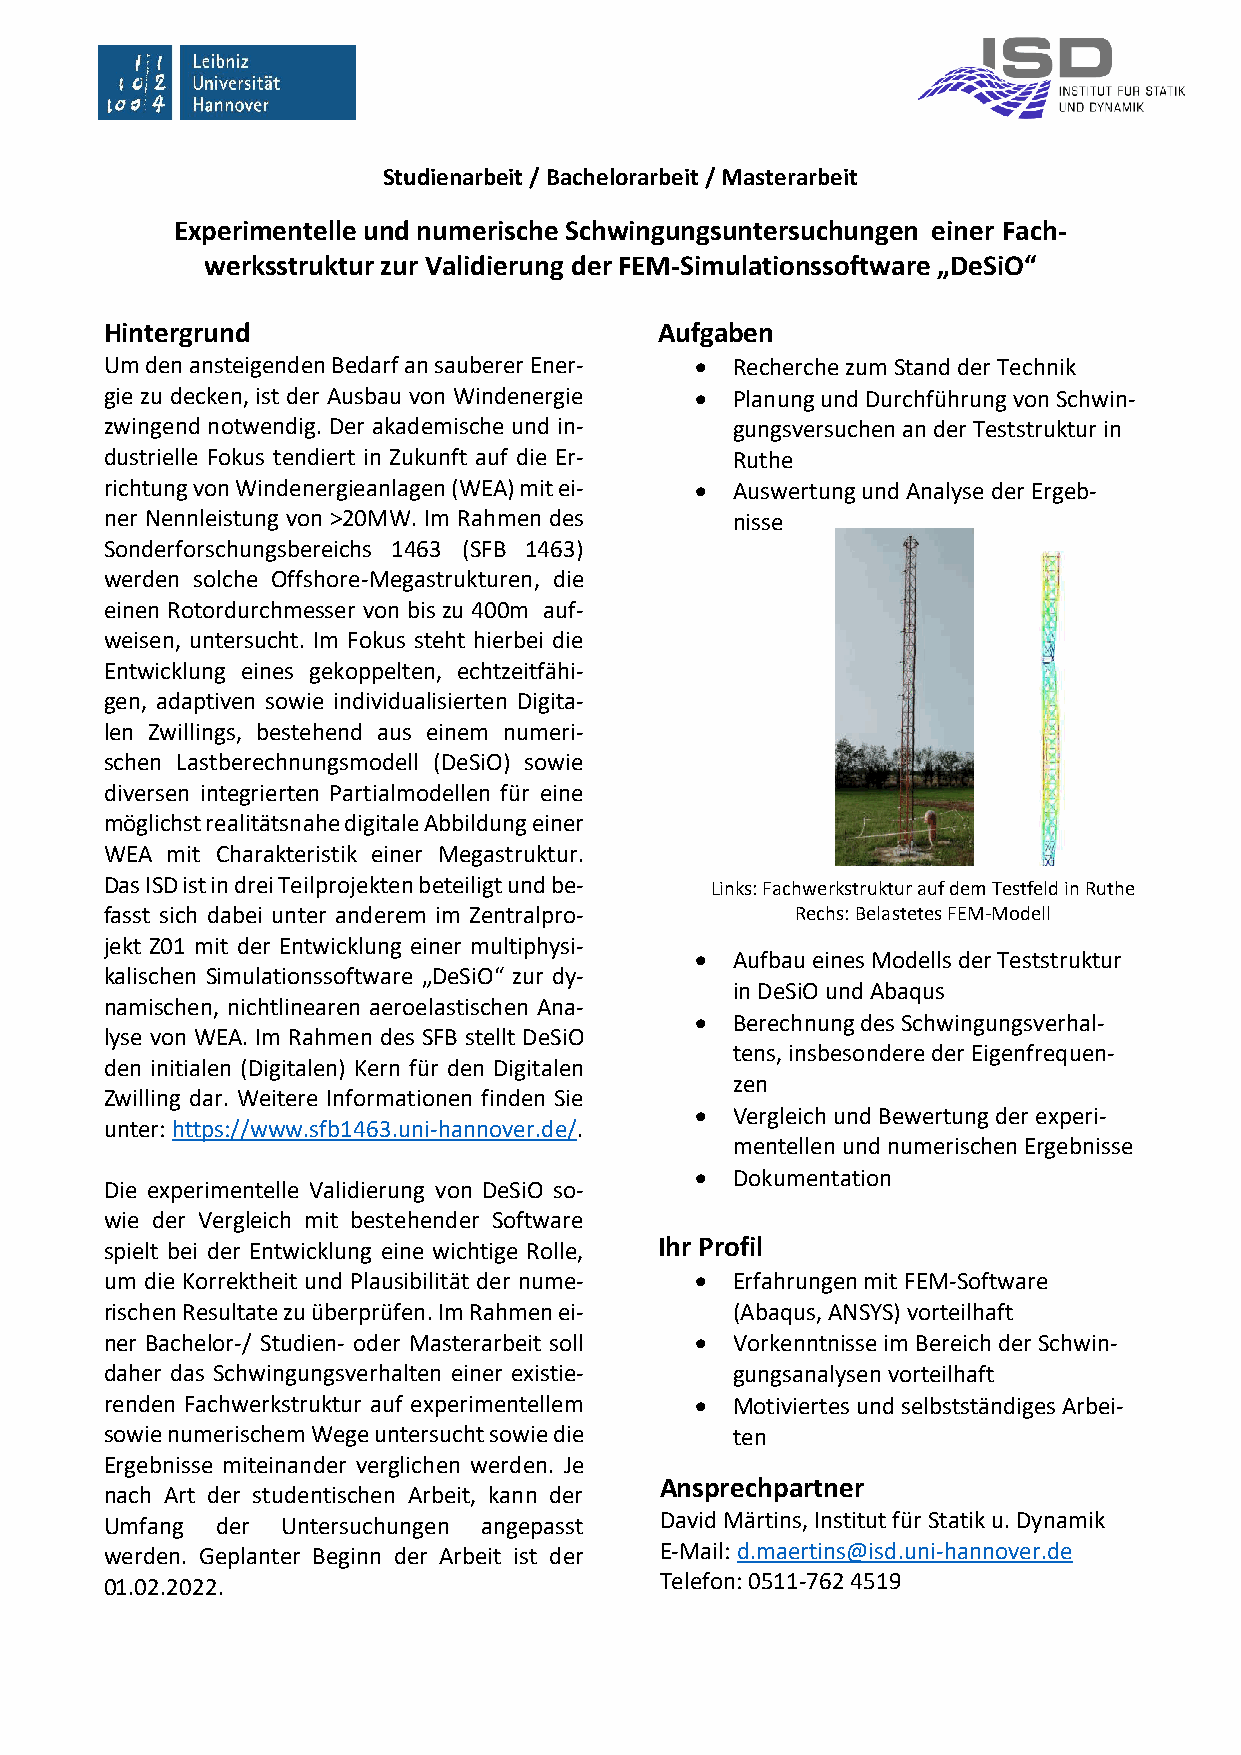
Studienarbeit / Bachelorarbeit / Masterarbeit
 Experimentelle und numerische Schwingungsuntersuchungen einer Fach-
 werksstruktur zur Validierung der FEM-Simulationssoftware „DeSiO“
 Hintergrund                          Aufgaben
 Um den ansteigenden Bedarf an sauberer Ener-  Recherche zum Stand der Technik
 gie zu decken, ist der Ausbau von Windenergie  Planung und Durchführung von Schwin-
 zwingend notwendig. Der akademische und in- gungsversuchen an der Teststruktur in
 dustrielle Fokus tendiert in Zukunft auf die Er- Ruthe
 richtung von Windenergieanlagen (WEA) mit ei-  Auswertung und Analyse der Ergeb-
 ner Nennleistung von >20MW. Im Rahmen des nisse
 Sonderforschungsbereichs 1463 (SFB 1463)
 werden solche Offshore-Megastrukturen, die
 einen Rotordurchmesser von bis zu 400m auf-
 weisen, untersucht. Im Fokus steht hierbei die
 Entwicklung eines gekoppelten, echtzeitfähi-
 gen, adaptiven sowie individualisierten Digita-
 len Zwillings, bestehend aus einem numeri-
 schen Lastberechnungsmodell (DeSiO) sowie
 diversen integrierten Partialmodellen für eine
 möglichst realitätsnahe digitale Abbildung einer
 WEA mit Charakteristik einer Megastruktur.
 Das ISD ist in drei Teilprojekten beteiligt und be- Links: Fachwerkstruktur auf dem Testfeld in Ruthe
 fasst sich dabei unter anderem im Zentralpro- Rechs: Belastetes FEM-Modell
 jekt Z01 mit der Entwicklung einer multiphysi-
  Aufbau eines Modells der Teststruktur
 kalischen Simulationssoftware „DeSiO“ zur dy-
 in DeSiO und Abaqus
 namischen, nichtlinearen aeroelastischen Ana-
  Berechnung des Schwingungsverhal-
 lyse von WEA. Im Rahmen des SFB stellt DeSiO
 tens, insbesondere der Eigenfrequen-
 den initialen (Digitalen) Kern für den Digitalen
 zen
 Zwilling dar. Weitere Informationen finden Sie
  Vergleich und Bewertung der experi-
 unter: https://www.sfb1463.uni-hannover.de/.
 mentellen und numerischen Ergebnisse
  Dokumentation
 Die experimentelle Validierung von DeSiO so-
 wie der Vergleich mit bestehender Software
 spielt bei der Entwicklung eine wichtige Rolle, Ihr Profil
 um die Korrektheit und Plausibilität der nume-  Erfahrungen mit FEM-Software
 rischen Resultate zu überprüfen. Im Rahmen ei- (Abaqus, ANSYS) vorteilhaft
 ner Bachelor-/ Studien- oder Masterarbeit soll  Vorkenntnisse im Bereich der Schwin-
 daher das Schwingungsverhalten einer existie- gungsanalysen vorteilhaft
 renden Fachwerkstruktur auf experimentellem  Motiviertes und selbstständiges Arbei-
 sowie numerischem Wege untersucht sowie die ten
 Ergebnisse miteinander verglichen werden. Je
 Ansprechpartner
 nach Art der studentischen Arbeit, kann der
 Umfang der  Untersuchungen angepasst David Märtins, Institut für Statik u. Dynamik
 werden. Geplanter Beginn der Arbeit ist der E-Mail: d.maertins@isd.uni-hannover.de
 01.02.2022.                          Telefon: 0511-762 4519